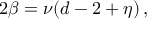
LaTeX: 2 \beta = \nu ( d - 2 + \eta ) \, ,